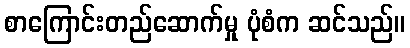
စာကြောင်းတည်ဆောက်မှု ပုံစံက ဆင်သည်။